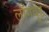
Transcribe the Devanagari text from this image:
लाँगवुड